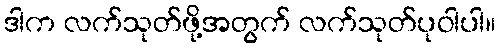
ဒါက လက်သုတ်ဖို့အတွက် လက်သုတ်ပုဝါပါ။